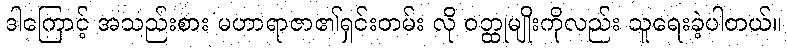
ဒါကြောင့် အသည်းစား မဟာရာဇာ၏ရှင်းတမ်း လို ဝတ္ထုမျိုးကိုလည်း သူရေးခဲ့ပါတယ်။